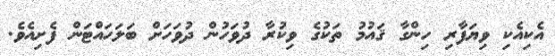
އެކިއެކި ވިޔަފާރި ހިންގާ ޤައުމު ތަކުގެ ވިކުރާ ދުވަހުން ދުވަހަށް ބަލަހައްޓަން ފެށިއެވެ.